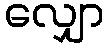
လျှော